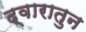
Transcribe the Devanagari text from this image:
द्वारातुन